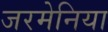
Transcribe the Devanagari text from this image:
जरमेनिया